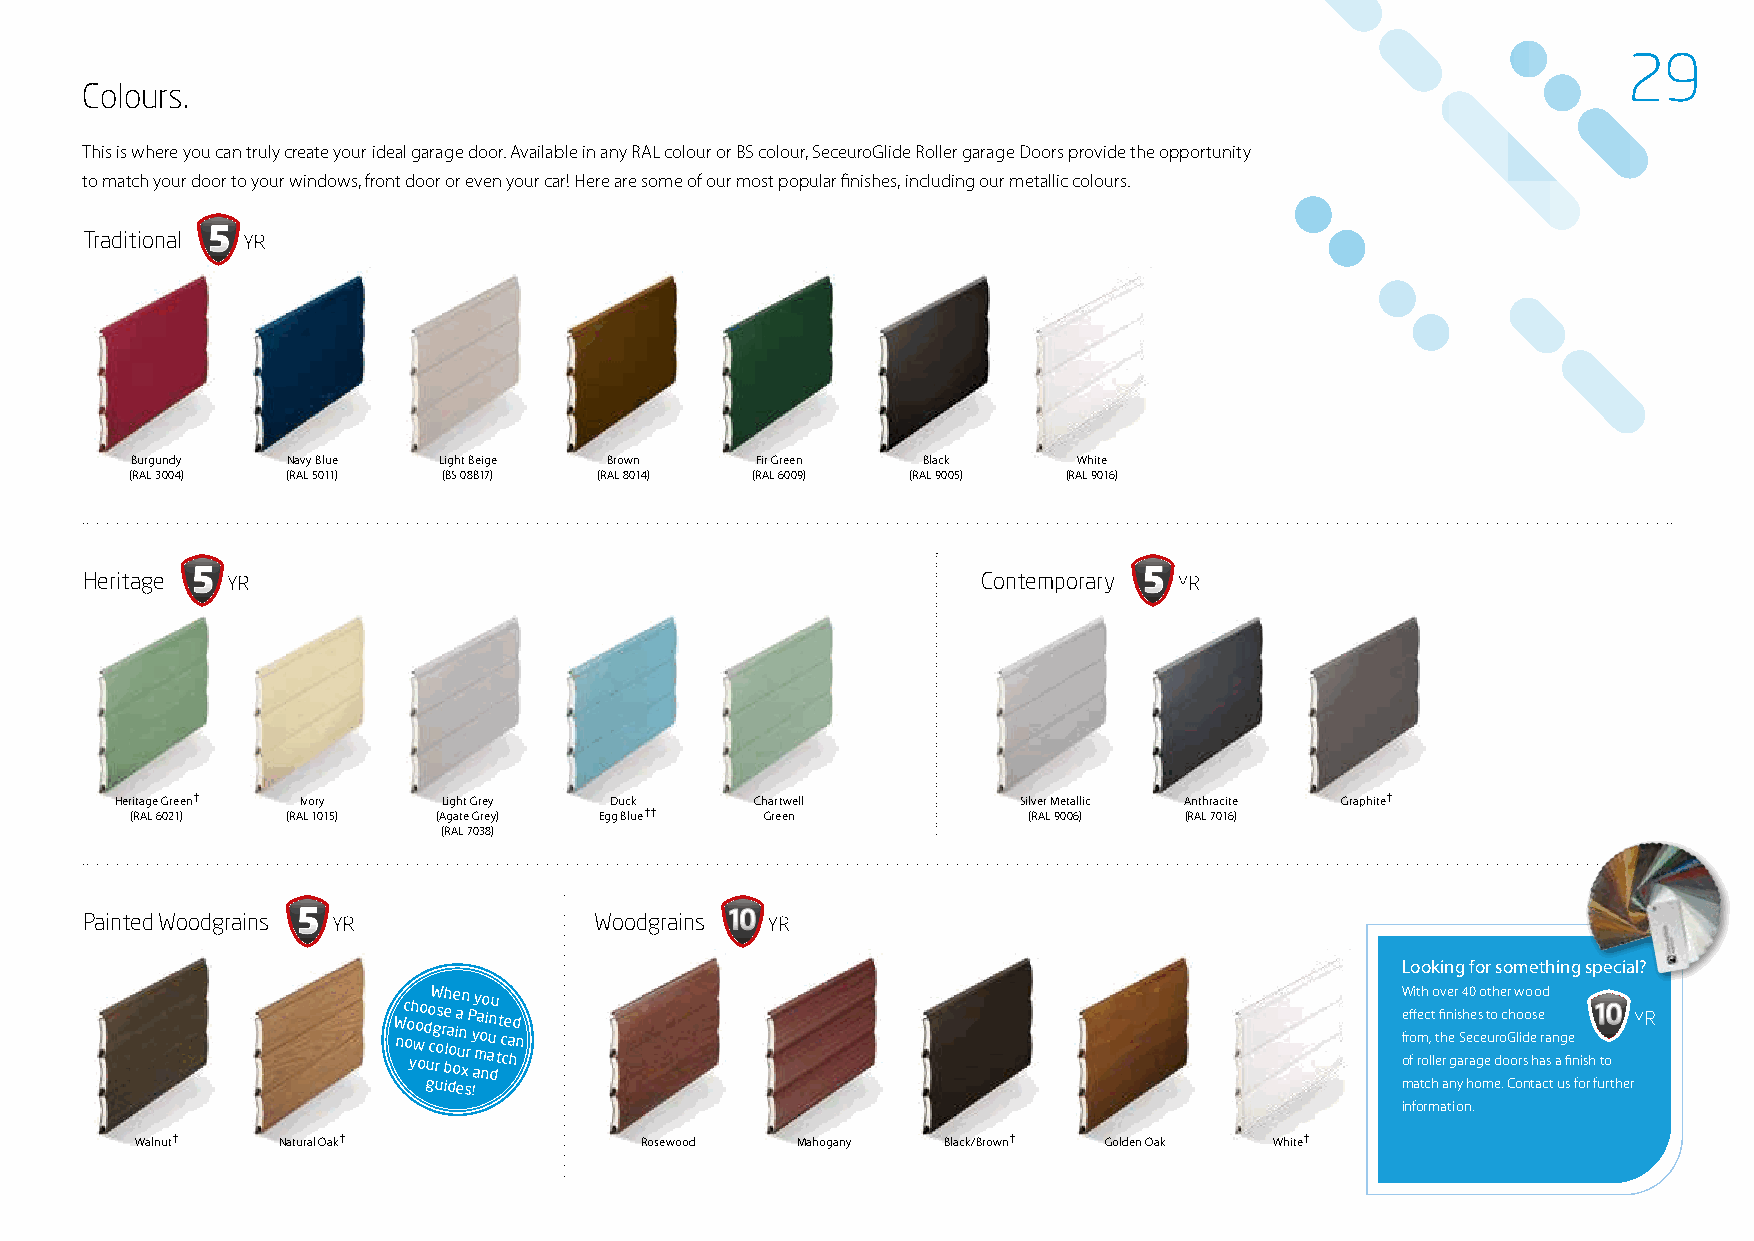
29
 Colours.
 This is where you can truly create your ideal garage door. Available in any RAL colour or BS colour, SeceuroGlide Roller garage Doors provide the opportunity
 to match your door to your windows, front door or even your car! Here are some of our most popular finishes, including our metallic colours.
 Traditional
 Burgundy  Navy Blue Light Beige Brown    Fir Green  Black     White
 (RAL 3004) (RAL 5011) (BS 08B17) (RAL 8014) (RAL 6009) (RAL 9005) (RAL 9016)
 Heritage                                                    Contemporary
 Heritage Green† Ivory Light Grey Duck     Chartwell         Silver Metallic Anthracite Graphite†
 (RAL 6021) (RAL 1015) (Agate Grey) Egg Blue†† Green        (RAL 9006) (RAL 7016)
 (RAL 7038)
 Painted Woodgrains                Woodgrains
 Looking for something special?
 W nc oo yh wo oo d uo cW g ros r bh e la
 o
 o
 e ia un xn
 r
 P y ay ma o no i aun du
 t
 t c
 c
 e a hd n                                                    W e f orff fo i ret m oh c
 l
 ,t
 l
 o
 e
 tfi hv rn e e gir s
 a
 S4 h re a0 e c
 g
 s eo et ut o h dr oe c oGr h
 o
 w lo rid soo e hso e ard a
 s
 n ag fie
 n ish to
 guides!                                                          match any home. Contact us for further
 information.
 Walnut†  Natural Oak†            Rosewood   Mahogany  Black/Brown† Golden Oak White†